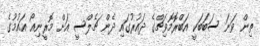
ތިން ވަނަ ސަބަބަކީ އަބްރޮމޮވިޗްގެ ދައުރުގައި ދެން ޗެލްސީ އަށް މޮރީނިއޯ އައުމުގެ